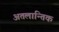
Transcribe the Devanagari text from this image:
अतलान्तिक